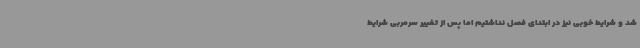
شد و شرایط خوبی نیز در ابتدای فصل نداشتیم اما پس از تغییر سرمربی شرایط